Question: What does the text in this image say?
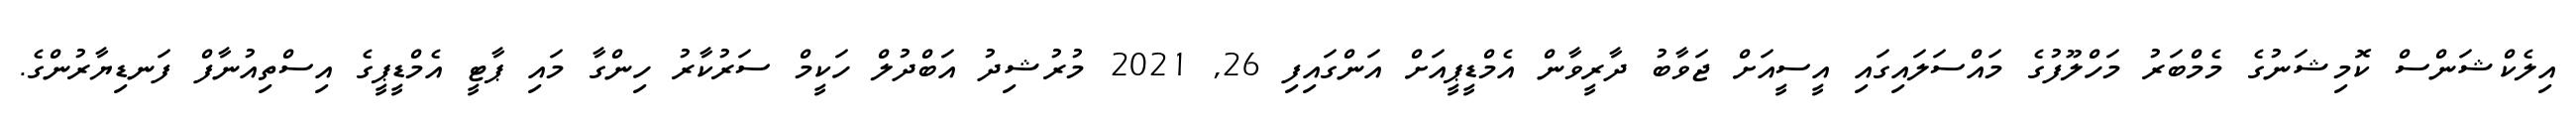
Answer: އިލެކްޝަންސް ކޮމިޝަނުގެ މެމްބަރު މަހްލޫފުގެ މައްސަލައިގައި އީސީއަށް ޖަވާބު ދާރީވާން އެމްޑީޕީއަށް އަންގައިފި 26, 2021 މުރުޝިދު އަބްދުލް ހަކީމް ސަރުކާރު ހިންގާ މައި ޕާޓީ އެމްޑީޕީގެ އިސްތިއުނާފް ފަނޑިޔާރުންގެ.